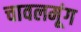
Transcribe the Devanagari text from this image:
चावलमूंग